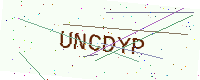
Text: UNCDYP